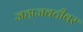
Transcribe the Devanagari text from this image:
जहाजवटीवर